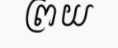
ព្រយ